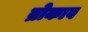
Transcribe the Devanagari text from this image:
ब्रोकाव